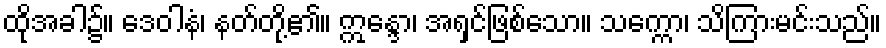
ထိုအခါ၌။ ဒေဝါနံ၊ နတ်တို့၏။ ဣန္ဒော၊ အရှင်ဖြစ်သော။ သက္ကော၊ သိကြားမင်းသည်။